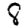
Digit: 8